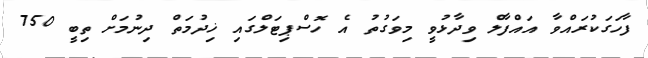
ފާހަގަކުރައްވާ އައްފާލް ވިދާޅުވީ މިވަގުތު އެ ހޮސްޕިޓަލްގައި ޚިދުމަތް ދިނުމަށް ތިބީ 750